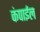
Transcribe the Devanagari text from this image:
कंपाईल